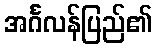
အင်္ဂလန်ပြည်၏